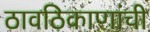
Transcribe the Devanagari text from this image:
ठावठिकाणांची